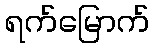
ရက်မြောက်